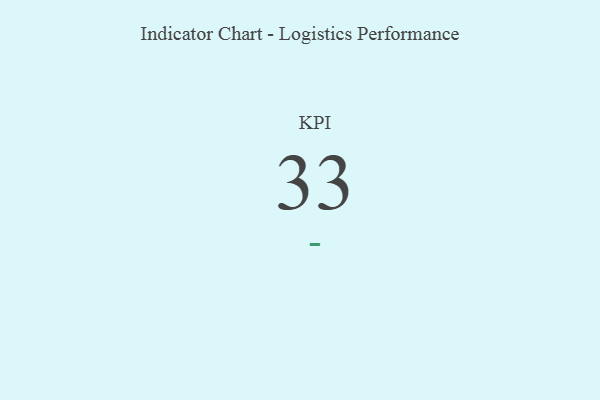
{"axis": {"x": "KPI", "y": "Value"}, "legend": [""], "data": [{"x": "KPI", "y": 33, "type": ""}]}